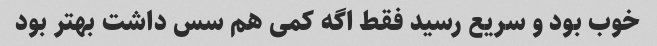
خوب بود و سریع رسید فقط اگه کمی هم سس داشت بهتر بود